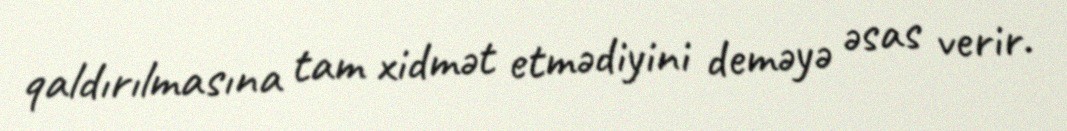
qaldırılmasına tam xidmət etmədiyini deməyə əsas verir.